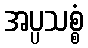
အပ္ပသစ္စံ